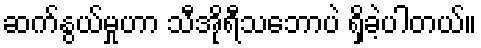
ဆက်နွယ်မှုဟာ သီအိုရီသဘောပဲ ရှိခဲ့ပါတယ်။